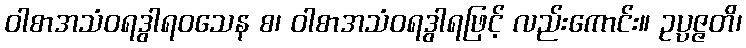
ဝါစာအသံဝရဒွါရဝသေန စ၊ ဝါစာအသံဝရဒွါရဖြင့် လည်းကောင်း။ ဥပ္ပဇ္ဇတိ၊